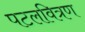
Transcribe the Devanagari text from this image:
पटलवित्रण